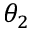
\theta _ { 2 }